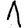
Digit: 1